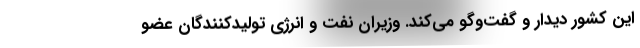
این کشور دیدار و گفت‌وگو می‌کند. وزیران نفت و انرژی تولیدکنندگان عضو